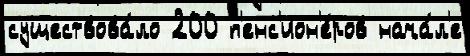
существова́ло 200 п'енс'ион'е́ров нача́л'е